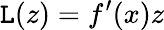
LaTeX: \mathtt{L}(z)=f^{\prime}(x)z